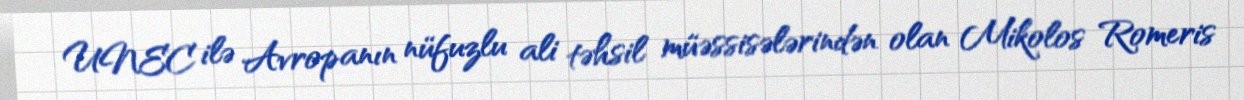
UNEC ilə Avropanın nüfuzlu ali təhsil müəssisələrindən olan Mikolos Romeris